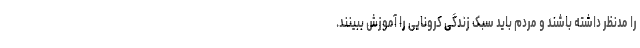
را مدنظر داشته باشند و مردم باید سبک زندگی کرونایی را آموزش ببینند.